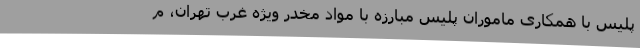
پلیس با همکاری ماموران پلیس مبارزه با مواد مخدر ویژه غرب تهران، م